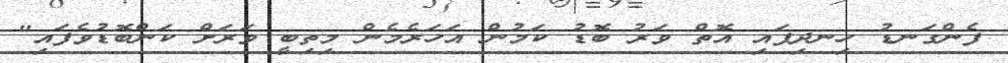
ފެންގަނޑު ހިނދިފައި އޮތް ވަރު ބޮޑު ކަމުން އަހަރެމެން މިތިބީ ވަރަށް ކަންބޮޑުވެފައި"